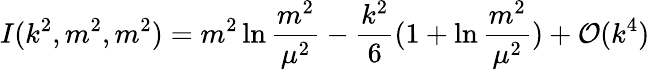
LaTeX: I(k^{2},m^{2},m^{2})=m^{2}\ln{\frac{m^{2}}{\mu^{2}}}-{\frac{k^{2}}{6}}(1+\ln{\frac{m^{2}}{\mu^{2}}})+{\cal O}(k^{4})